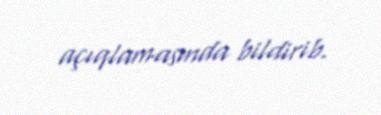
açıqlamasında bildirib.